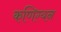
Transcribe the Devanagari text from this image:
कणिग्यन